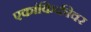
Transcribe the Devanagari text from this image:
एकांकिकीवर